Madras marine plague regulations
Disease focus: Plague
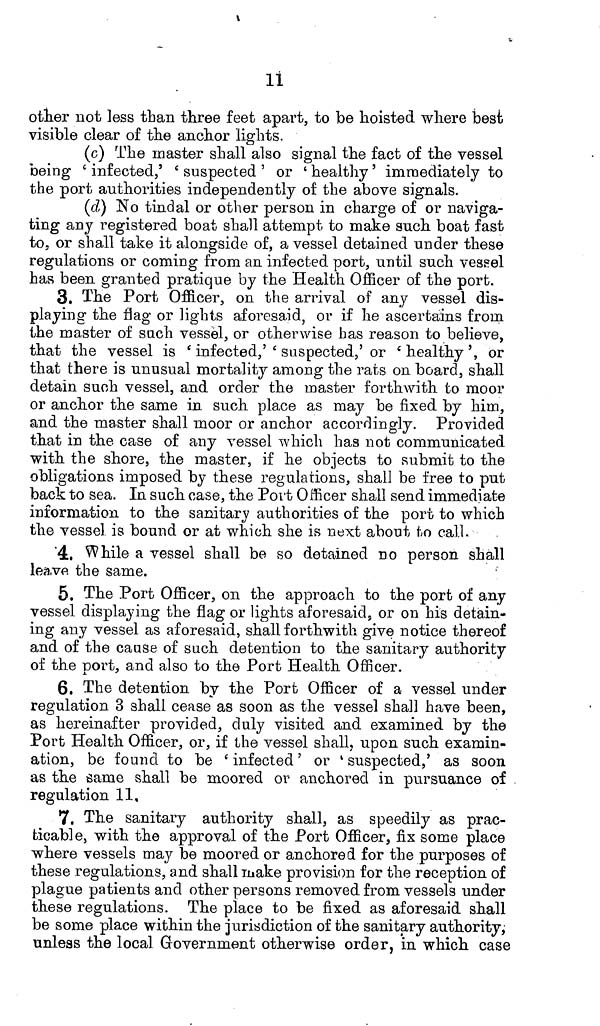
11
other not less than three feet apart, to be hoisted where best
visible clear of the anchor lights.
(c) The master shall also signal the fact of the vessel
being 'infected,' 'suspected' or 'healthy' immediately to
the port authorities independently of the above signals.
(d) No tindal or other person in charge of or naviga-
ting any registered boat shall attempt to make such boat fast
to, or shall take it alongside of, a vessel detained under these
regulations or coming from an infected port, until such vessel
has been granted pratique by the Health Officer of the port.
3. The Port Officer, on the arrival of any vessel dis-
playing the flag or lights aforesaid, or if he ascertains from,
the master of such vessel, or otherwise has reason to believe,
that the vessel is 'infected,' 'suspected,' or 'healthy', or
that there is unusual mortality among the rats on board, shall
detain such vessel, and order the master forthwith to moor
or anchor the same in such place as may be fixed by him,
and the master shall moor or anchor accordingly. Provided
that in the case of any vessel which has not communicated
with the shore, the master, if he objects to submit to the
obligations imposed by these regulations, shall be free to put
back to sea. In such case, the Port Officer shall send immediate
information to the sanitary authorities of the port to which
the vessel is bound or at which she is next about to call.
4. While a vessel shall be so detained no person shall
leave the same.
5. The Port Officer, on the approach to the port of any
vessel displaying the flag or lights aforesaid, or on his detain-
ing any vessel as aforesaid, shall forthwith give notice thereof
and of the cause of such detention to the sanitary authority
of the port, and also to the Port Health Officer.
6. The detention by the Port Officer of a vessel under
regulation 3 shall cease as soon as the vessel shall have been,
as hereinafter provided, duly visited and examined by the
Port Health Officer, or, if the vessel shall, upon such examin-
ation, be found to be 'infected' or 'suspected,' as soon
as the same shall be moored or anchored in pursuance of
regulation 11,
7. The sanitary authority shall, as speedily as prac-
ticable, with the approval of the Port Officer, fix some place
where vessels may be moored or anchored for the purposes of
these regulations, and shall make provision for the reception of
plague patients and other persons removed from vessels under
these regulations. The place to be fixed as aforesaid shall
be some place within the jurisdiction of the sanitary authority,
unless the local Government otherwise order, in which case